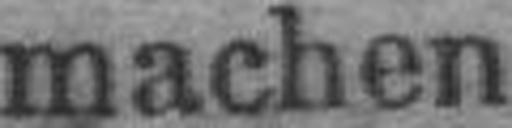
machen